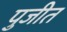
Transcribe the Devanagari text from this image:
पुजीत